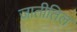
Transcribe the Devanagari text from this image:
जातीतिल